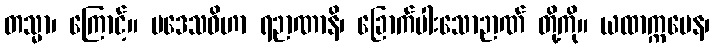
တသ္မာ၊ ကြောင့်။ ပဒေသဝိဟာ ရဉာဏာနိ၊ ခြောက်ပါးသောဉာဏ် တို့ကို။ ယထာက္ကမေန၊